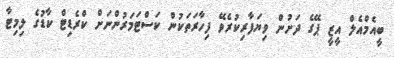
ބީއެމްއެލް އީޒީ ޕޭގެ ދަށުން ވިޔަފާރިކުރެވޭ ފިހާރަތަކުން ކަސްޓަމަރުންނަށް ކްރެޑިޓް ކާޑުގެ ލިމިޓާ